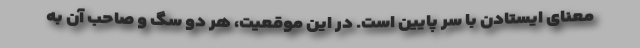
معنای ایستادن با سر پایین است. در این موقعیت، هر دو سگ و صاحب آن به